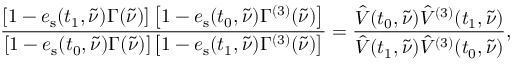
\frac { \left[ 1 - e _ { \mathrm { s } } ( t _ { 1 } , \tilde { \nu } ) \Gamma ( \tilde { \nu } ) \right] \left[ 1 - e _ { \mathrm { s } } ( t _ { 0 } , \tilde { \nu } ) \Gamma ^ { ( 3 ) } ( \tilde { \nu } ) \right] } { \left[ 1 - e _ { \mathrm { s } } ( t _ { 0 } , \tilde { \nu } ) \Gamma ( \tilde { \nu } ) \right] \left[ 1 - e _ { \mathrm { s } } ( t _ { 1 } , \tilde { \nu } ) \Gamma ^ { ( 3 ) } ( \tilde { \nu } ) \right] } = \frac { \hat { V } ( t _ { 0 } , \tilde { \nu } ) \hat { V } ^ { ( 3 ) } ( t _ { 1 } , \tilde { \nu } ) } { \hat { V } ( t _ { 1 } , \tilde { \nu } ) \hat { V } ^ { ( 3 ) } ( t _ { 0 } , \tilde { \nu } ) } ,